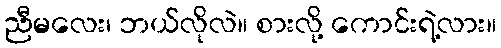
ညီမလေး၊ ဘယ်လိုလဲ။ စားလို့ ကောင်းရဲ့လား။